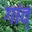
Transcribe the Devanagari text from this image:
गांव्